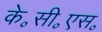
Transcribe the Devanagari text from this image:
के॰सी॰एस॰